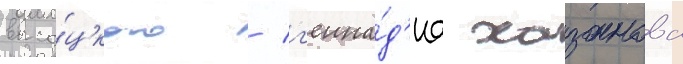
высо́цкого / г'енна́д'иа хазанова